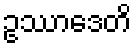
ဥဿာဒေတိ